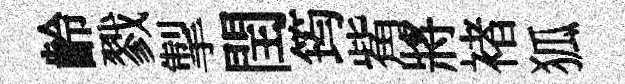
齡戮掣閏筠觜將褚狐